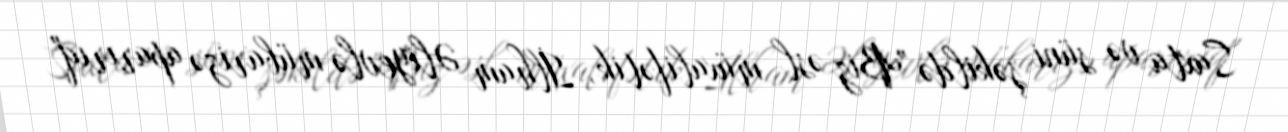
Saxta və süni şəkildə "Biz əsl müxalifətik, İlham Əliyevlə mübarizə aparırıq"